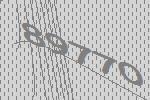
89770